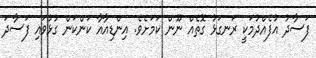
ފަސާދު އުފެއްދުމަކީ ރަނގަޅު ގޮތެއް ނޫން ކަަމަށެވެ. އިންޑިއާއާ ކަންކަން ގުޅުވައި ފަސާދަ